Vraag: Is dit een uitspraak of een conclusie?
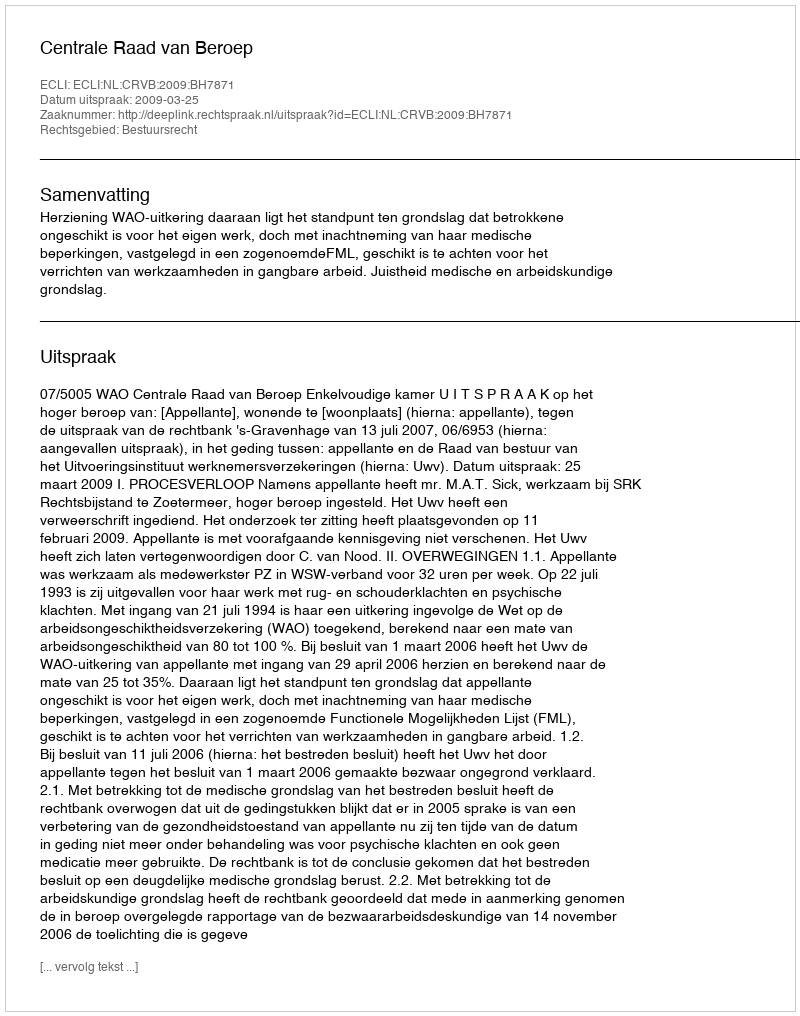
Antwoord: Uitspraak